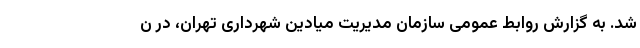
شد. به گزارش روابط عمومی سازمان مدیریت میادین شهرداری تهران، در ن